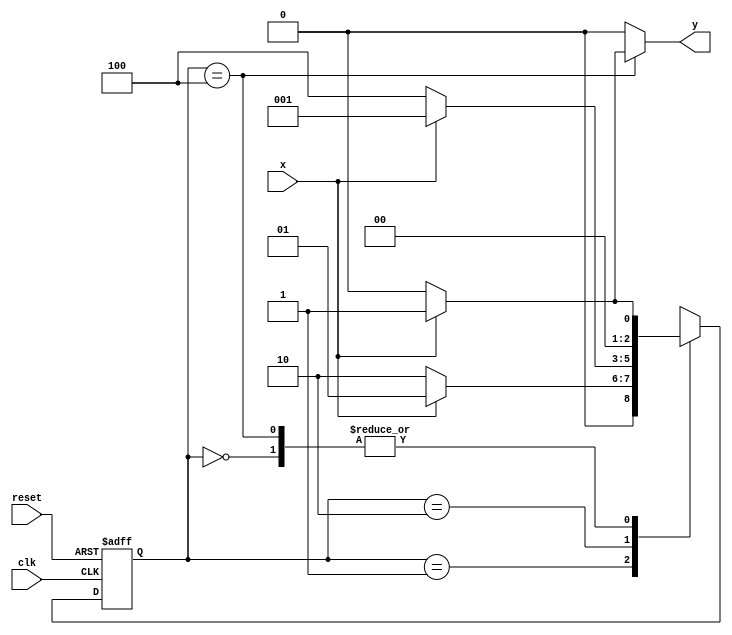
// -----------------------------------------------------------------
// Guia 11 - Exericio 03 - mquina de estados finitos (Mealy - FSM)
// capaz de reconhecer uma sequncia (1001)
// Nome: Eduardo de Abreu Fortes
// -----------------------------------------------------------------

// constant definitions
`define found 1
`define notfound 0

// FSM by Mealy
module guia11_ex03 ( y, x, clk, reset );
output y;
input x;
input clk;
input reset;

reg y;

parameter //state identifiers 
start = 3'b000,
id1 = 3'b001,
id10 = 3'b010,
id100 = 3'b100;

reg [2:0] E1;	//current state variables
reg [2:0] E2;	//next state logic output

// next state logic
always @( x or E1 )
begin
y = `notfound;

case ( E1 )
start:
if ( x )
E2 = id1;
else
E2 = start;

id1:
if ( x )
E2 = id1;
else
E2 = id10;

id10:
if ( x )
E2 = id1;
else
E2 = id100;


id100:
if ( x )
begin
E2 =  id1;
y  = `found;
end
else
begin
E2 =  start;
y  = `notfound;
end

default: //undefined state
E2 = 3'bxxx;
endcase

end //always at signal or state changing


//state variables
always @( negedge clk or negedge reset )
begin
if ( reset )
E1 = E2; //updates current state
else
E1 = 0; //reset
end //always at signal changing

endmodule //--fim guia11_ex03